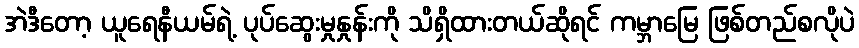
အဲဒီတော့ ယူရေနီယမ်ရဲ့ ပုပ်ဆွေးမှုနှုန်းကို သိရှိထားတယ်ဆိုရင် ကမ္ဘာမြေ ဖြစ်တည်စလိုပဲ